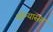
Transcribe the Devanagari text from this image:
सोन्यासह